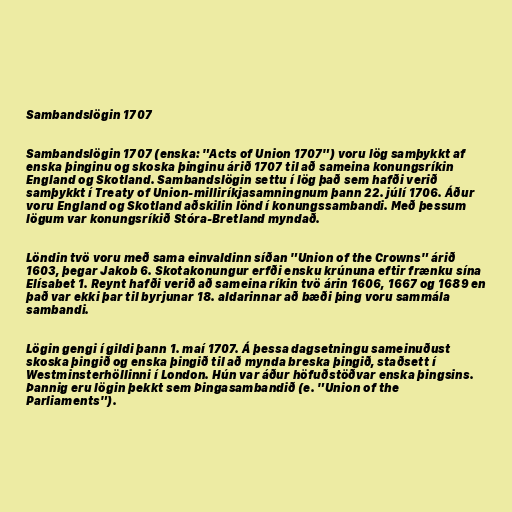
Sambandslögin 1707

Sambandslögin 1707 (enska: "Acts of Union 1707") voru lög samþykkt af
enska þinginu og skoska þinginu árið 1707 til að sameina konungsríkin
England og Skotland. Sambandslögin settu í lög það sem hafði verið
samþykkt í Treaty of Union-milliríkjasamningnum þann 22. júlí 1706. Áður
voru England og Skotland aðskilin lönd í konungssambandi. Með þessum
lögum var konungsríkið Stóra-Bretland myndað.

Löndin tvö voru með sama einvaldinn síðan "Union of the Crowns" árið
1603, þegar Jakob 6. Skotakonungur erfði ensku krúnuna eftir frænku sína
Elísabet 1. Reynt hafði verið að sameina ríkin tvö árin 1606, 1667 og 1689 en
það var ekki þar til byrjunar 18. aldarinnar að bæði þing voru sammála
sambandi.

Lögin gengi í gildi þann 1. maí 1707. Á þessa dagsetningu sameinuðust
skoska þingið og enska þingið til að mynda breska þingið, staðsett í
Westminsterhöllinni í London. Hún var áður höfuðstöðvar enska þingsins.
Þannig eru lögin þekkt sem Þingasambandið (e. "Union of the
Parliaments").